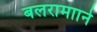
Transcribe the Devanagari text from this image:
बलरामााने